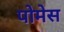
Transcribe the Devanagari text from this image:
पोमेस